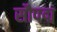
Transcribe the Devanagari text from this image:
सौपद्म